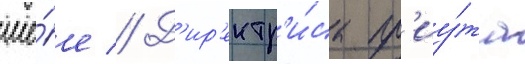
ше́е // Д'ир'ектр'и́са пр'иу́та